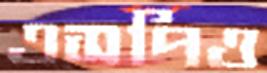
এসপিও